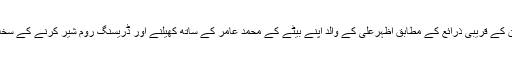
پاکستانی کپتان کے قریبی ذرائع کے مطابق اظہرعلی کے والد اپنے بیٹے کے محمد عامر کے ساتھ کھیلنے اور ڈریسنگ روم شیر کرنے کے سخت مخالف ہیں۔